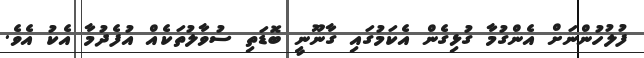
ފުލުހުންނަށް އެންގުމާ ގުޅިގެން އެކަމުގައި ގާނޫނީ ބޮޑަތި ސުވާލުތަކެއް އުފެދުމާ އެކު އެވެ.